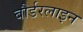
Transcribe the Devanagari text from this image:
बौर्डरलाइन